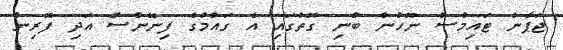
ޖަޕާން ޓައިމްސް ނޫހުން ބުނި ގޮތުގައި އެ ގައުމުގެ ފިނޭންސް އަދި ފޮރިން